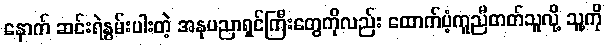
နောက် ဆင်းရဲနွမ်းပါးတဲ့ အနုပညာရှင်ကြီးတွေကိုလည်း ထောက်ပံ့ကူညီတတ်သူလို့ သူ့ကို